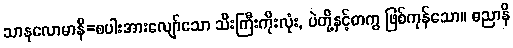
သာနုလောမာနိ=စပါးအားလျော်သော သီးကြီးကိုးလုံး, ပဲတို့နှင့်တကွ ဖြစ်ကုန်သော။ ဓညာနိ